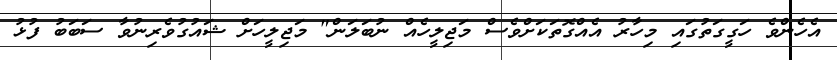
އެހެންވެ ހަގީގަތުގައި މިހާރު އެއްގޮތަކަށްވެސް މަޖިލީހެއް ނުބަލަން" މަޖިލީހަށް ޝައުގުވެރިނުވާ ސަބަބު ފުޅު